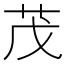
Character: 茂